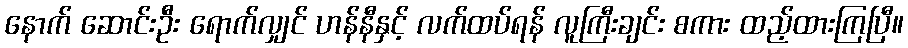
နောက် ဆောင်းဦး ရောက်လျှင် ဟန်နီနှင့် လက်ထပ်ရန် လူကြီးချင်း စကား ထည့်ထားကြပြီ။